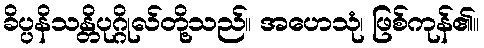
ခိပ္ပနိသန္တိပုဂ္ဂိုလ်တို့သည်။ အဟေသုံ၊ ဖြစ်ကုန်၏။